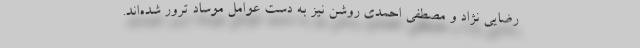
رضایی نژاد و مصطفی احمدی روشن نیز به دست عوامل موساد ترور شده‌اند.